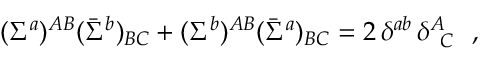
( \Sigma ^ { a } ) ^ { A B } ( \bar { \Sigma } ^ { b } ) _ { B C } + ( \Sigma ^ { b } ) ^ { A B } ( \bar { \Sigma } ^ { a } ) _ { B C } = 2 \, \delta ^ { a b } \, \delta _ { \, \, \, C } ^ { A } ~ ~ ,